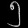
Digit: ၅